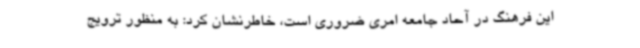
این فرهنگ در آحاد جامعه امری ضروری است، خاطرنشان کرد: به منظور ترویج